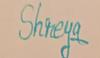
Signature authenticity: genuine